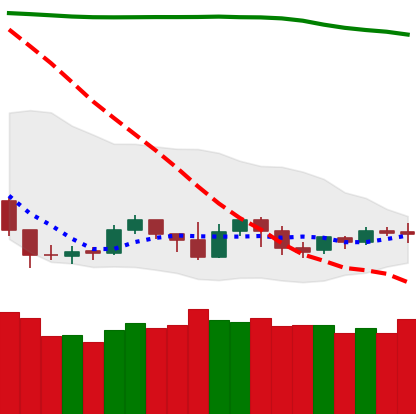
Ticker: NEO-USD
Chart end date: 2019-09-16
Forward return: 3.953%
Label: up_3_5